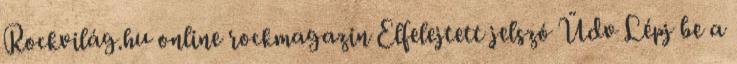
Rockvilág.hu online rockmagazin Elfelejtett jelszó Üdv Lépj be a